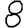
Digit: 8